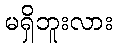
မရှိဘူးလား